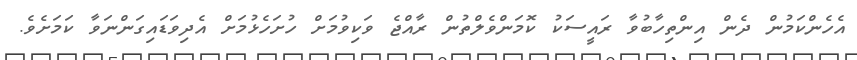
އެހެންކަމުން ދެން އިންތިހާބުވާ ރައީސަކު ކޮމަންވެލްތުން ރާއްޖެ ވަކިވުމަށް ހުށަހެޅުމަށް އެދިވަޑައިގަންނަވާ ކަމަށެވެ.